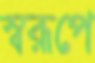
স্বরূপে